Report on vaccination in Madras 1895-1903 - 1895-1903
Year: 1895
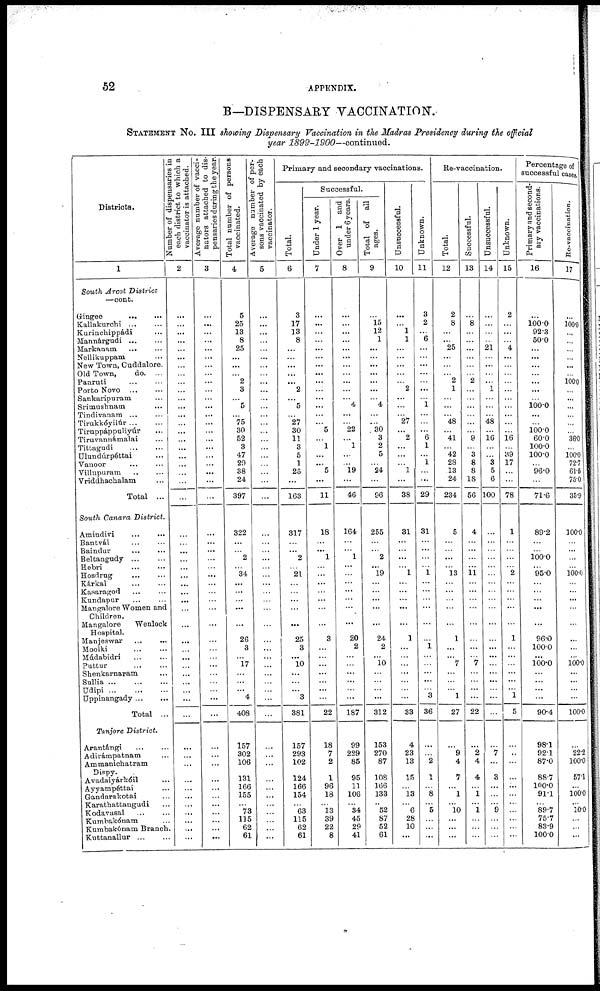
52
APPENDIX.
B—DISPENSARY VACCINATION.
STATEMENT No. III showing Dispensary Vaccination in the Madras Presidency during the official
year 1899-1900—continued.
Districts.
1
South Arcot District
—cont.
Gingee
...
...
Kallakurchi ... ...
Kurinchippádi ...
Mannárgudi ... ...
Markanam ... ...
Nellikuppam
New Town, Cuddalore.
Old Town,
do. ...
Panruti ... ...
Porto Novo
...
...
Sankaripuram ...
Srimushnain
...
Tindivanam ... ...
Tirukkóyilúr ... ...
Tiruppáppuliyúr ...
Tiruvannámalai ...
Tittagndi
...
...
Ulundúrpéttai ...
Vanoor ... ...
Villupuram
...
...
Vriddhachalam ...
Total ...
South Canara District.
Amindivi
...
...
Bantvál ... ...
Baindur
...
...
Beltangudy
...
...
Hebri
...
...
Hosdrug ... ...
Kárkal
...
...
Kasaragod ... ...
Kundapur ... ...
Mangalore Women and
Children.
Mangalore
Wenlook
Hospital.
Manjeswar
...
...
Moolki ... ...
Múdabidri
...
...
Puttur
...
...
Shenkarnaram ...
Sullia
...
...
...
Udipi
...
...
...
Uppinangady ... ...
Total ...
Tanjore District.
Arantángi ... ...
Adirámpatnam ...
Ammanichatram
Dispy.
Avadaiyárkóil ...
Ayyampéttai ...
Gandarakotai ...
Karathattangudi ...
Kodavasal
...
...
Kumbakónam ...
Kumbakónam Branch.
Kuttanallur ... ...
Number of dispensaries in
each district to which a
vaccinator is attached.
2
...
...
...
...
...
...
...
...
...
...
...
...
...
...
...
...
...
...
...
...
...
...
...
...
...
...
...
...
...
...
...
...
...
...
...
...
...
...
...
...
...
...
...
...
...
...
...
...
...
...
...
...
...
Average number of vacci-
nators attached to dis-
pensaries during the year.
3
...
...
...
...
...
...
...
...
...
...
...
...
...
...
...
...
...
...
...
...
...
...
...
...
...
...
...
...
...
...
...
...
...
...
...
...
...
...
...
...
...
...
...
...
...
...
...
...
...
...
...
...
...
Total number of persons
vaccinated.
4
5
25
13
8
25
...
...
...
2
3
...
5
...
75
30
52
3
47
29
38
24
397
322
...
...
2
...
34
...
...
...
...
...
26
3
...
l7
...
...
...
4
408
157
302
106
131
166
155
...
73
115
62
61
Average number of per-
sons vaccinated by each
vaccinator.
5
...
...
...
...
...
...
...
...
...
...
...
...
...
...
...
...
...
...
...
...
...
...
...
...
...
...
...
...
...
...
...
...
...
...
...
...
...
...
...
...
...
...
...
...
...
...
...
...
...
...
...
...
...
Primary and secondary vaccinations.
Total.
6
3
17
13
8
...
...
...
...
...
2
...
5
...
27
30
11
3
5
1
25
...
163
317
...
...
2
...
21
...
...
...
...
...
25
3
...
10
...
...
...
3
381
157
293
102
124
166
154
...
63
115
62
61
Successful.
Under 1 year.
7
...
...
...
...
...
...
...
...
...
...
...
...
...
...
5
...
1
...
...
5
...
11
18
...
...
1
...
...
...
...
...
...
...
3
...
...
...
...
...
...
...
22
18
7
2
1
96
18
...
13
39
22
8
Over 1 and
under 6 years.
8
...
...
...
...
...
...
...
...
...
...
...
4
...
...
22
...
1
...
...
19
...
46
164
...
...
1
...
...
...
...
...
...
...
20
2
...
...
...
...
...
...
187
99
229
85
95
11
106
...
34
45
29
41
Total of all
ages.
9
...
15
12
1
...
...
...
...
...
...
...
4
...
...
30
3
2
5
...
24
...
96
255
...
...
2
... 19
...
...
...
...
...
24
2
...
10
...
...
...
...
312
153
270
87
108
166
133
...
52
87
52
61
Unsuccessful.
10
...
...
...
1
...
...
...
...
...
2
...
...
...
27
...
2
...
...
...
l
...
38
31
...
...
...
...
1
...
...
...
...
...
1
...
...
...
...
...
...
...
33
4
23
13
15
...
13
...
6
28
10
...
Unknown.
11
3
2
...
6
...
...
...
...
...
...
...
1
...
...
...
6
1
...
1
...
...
29
31
...
...
...
...
1
...
...
...
...
...
...
1
...
...
...
...
...
3
36
...
...
2
1
...
8
...
5
...
...
...
Re-vaccination.
Total.
12
2
8
...
...
25
...
...
...
2
1
...
...
...
48
...
41
...
42
28
13
24
234
5
...
...
...
...
13
...
...
...
...
...
1
...
...
7
...
...
...
1
27
...
9
4
7
... 1
...
10
...
...
...
Successful.
13
...
8
...
...
...
...
...
...
2
...
...
...
...
...
...
9
...
3
8
8
18
56
4
...
...
...
...
11
...
...
...
...
...
...
...
...
7
...
...
...
...
22
...
2
4
4
...
1
...
1
...
...
...
Unsuccessful.
14
...
...
...
...
21
...
...
...
...
1
...
...
...
48
...
16
...
...
3
5
6
100
...
...
...
...
...
...
...
...
...
...
...
...
...
...
...
...
...
...
...
...
...
7
...
3
...
...
...
9
...
...
...
Unknown.
15
2
...
...
...
4
...
...
...
...
...
...
...
...
...
...
16
...
89
17
...
...
78
1
...
...
...
...
2
...
...
...
...
...
1
...
...
...
...
...
...
1
5
...
...
...
...
...
...
...
...
...
...
...
Percentage of
successful cases.
Primary and second-
ary vaccinations.
16
...
100.0
92.3
50.0
...
...
...
...
...
...
...
100.0
...
...
100.0
60.0
100.0
100.0
...
96.0
...
71.6
89.2
...
...
100.0
... 95.0
...
...
...
...
...
96.0
100.0
...
100.0
...
...
...
...
90.4
98.1
92.1
87.0
88.7
100.0
91.1
...
89.7
75.7
83.9
100.0
Re-vaccination.
17
...
100.0
...
...
...
...
...
...
100.0
...
...
...
...
...
...
36.0
...
100.0
72.7
61.5
75.0
35.9
100.0
...
...
...
...
100.0
...
...
...
...
...
...
...
...
100.0
...
...
...
...
100.0
...
22.2
100.0
57.1
...
100.0
...
10.0
...
...
...